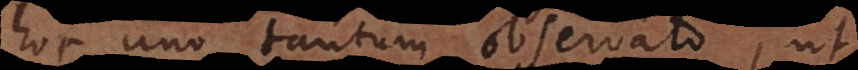
hoc uno tantum observato, ut